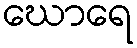
ဃောရေ